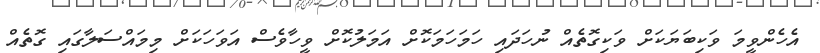
އެހެންވީމަ ވަކިބަޔަކަށް ވަކިގޮތެއް ނުހަދައި ހަމަހަމަކޮށް އަމަލުކޮށް ވީހާވެސް އަވަހަކަށް މިމައްސަލާގައި ގޮތެއް